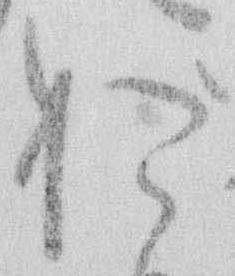
お